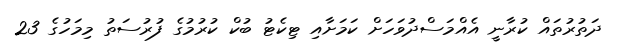
ދަތުރުތައް ކުރާނީ އެއްމަސްދުވަހަށް ކަމަށާއި ޓިކެޓު ބުކް ކުރުމުގެ ފުރުސަތު މިމަހުގެ 23